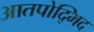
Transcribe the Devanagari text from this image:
आतपोद्भिद